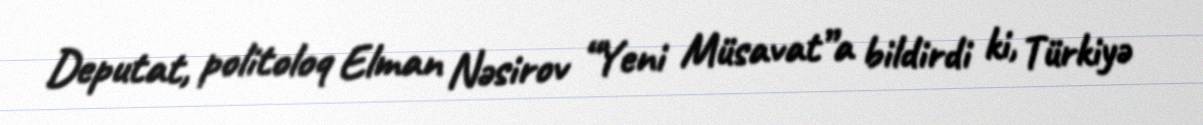
Deputat, politoloq Elman Nəsirov “Yeni Müsavat”a bildirdi ki, Türkiyə